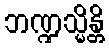
ဘဏ္ဍသ္မိန္တိ